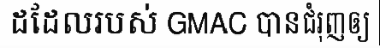
ដដែលរបស់ GMAC បានជំរុញឲ្យ